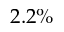
2 . 2 \%